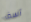
آسف